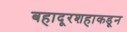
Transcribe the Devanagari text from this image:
बहादूरशहाकडून